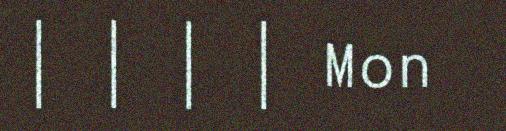
| | | | Mon